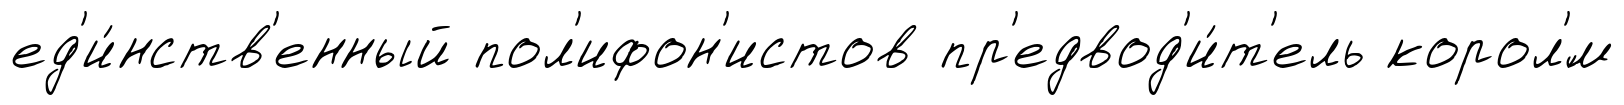
ед'и́нств'енный пол'ифон'истов пр'едвод'и́т'ель корол'́м